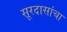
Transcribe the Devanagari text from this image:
सूरदासांचा